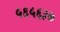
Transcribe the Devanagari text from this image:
५६५६३७